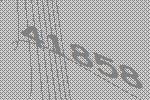
41858